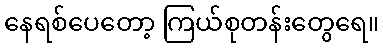
နေရစ်ပေတော့ ကြယ်စုတန်းတွေရေ။